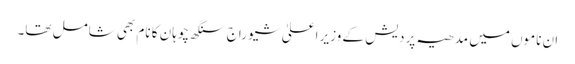
ان ناموں میں مدھیہ پردیش کے وزیر اعلیٰ شیو راج سنگھ چوہان کا نام بھی شامل تھا۔